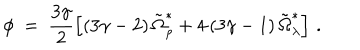
LaTeX: \phi \ = \ \frac { 3 \gamma } { 2 } \left[ \left( 3 \gamma - 2 \right) \tilde { \Omega } _ { \rho } ^ { \ast } + 4 \left( 3 \gamma - 1 \right) \tilde { \Omega } _ { \lambda } ^ { \ast } \right] \, .